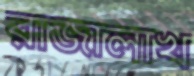
রাজালাখ